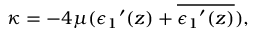
\kappa = - 4 \mu ( { \epsilon _ { 1 } } ^ { \prime } ( z ) + \overline { { { { \epsilon _ { 1 } } ^ { \prime } ( z ) } } } ) ,